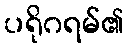
ပရိုဂရမ်၏